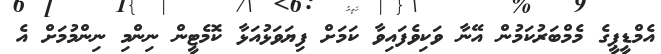
އެމްޑީޕީގެ މެމްބަރުކަމުން އޭނާ ވަކިވެފައިވާ ކަމަށް ފިޔަވަޅުއަޅާ ކޮމެޓީން ނިންމި ނިންމުމަށް އެ